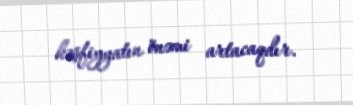
kəşfiyyatın önəmi artacaqdır.